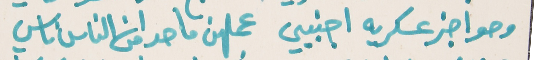
وحواجز عسكريه اجنبيي   عملهن ما حدا من الناس ناسي